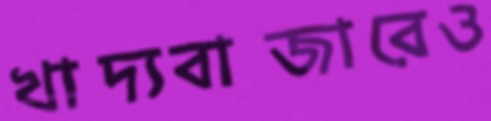
খাদ্যবাজারেও